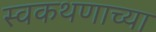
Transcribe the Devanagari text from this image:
स्वकथणाच्या